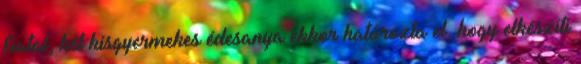
fiatal, két kisgyermekes édesanya ekkor határozta el, hogy elkészíti